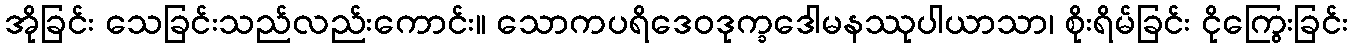
အိုခြင်း သေခြင်းသည်လည်းကောင်း။ သောကပရိဒေဝဒုက္ခဒေါမနဿုပါယာသာ၊ စိုးရိမ်ခြင်း ငိုကြွေးခြင်း